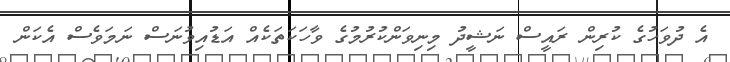
އެ ދުވަހުގެ ކުރިން ރައީސް ނަޝީދު މިނިވަންކުރުމުގެ ވާހަކަތަކެއް އަޑުއިވުނަސް ނަމަވެސް އެކަން